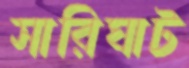
সারিঘাট